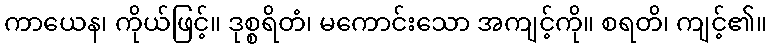
ကာယေန၊ ကိုယ်ဖြင့်။ ဒုစ္စရိတံ၊ မကောင်းသော အကျင့်ကို။ စရတိ၊ ကျင့်၏။